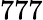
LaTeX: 777